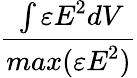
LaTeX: \frac{\int\varepsilon\textit{E}^{2}d\textit{V}}{max(\varepsilon\textit{E}^{2})}